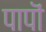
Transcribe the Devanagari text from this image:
पापॊं